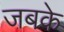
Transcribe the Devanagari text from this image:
जबके